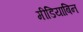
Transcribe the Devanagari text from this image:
मीडियाबिन